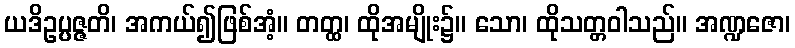
ယဒိဥပ္ပဇ္ဇတိ၊ အကယ်၍ဖြစ်အံ့။ တတ္ထ၊ ထိုအမျိုး၌။ သော၊ ထိုသတ္တဝါသည်။ အဏ္ဍဇော၊